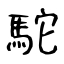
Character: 駝